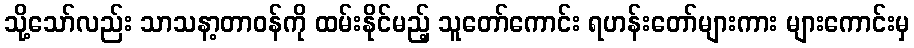
သို့သော်လည်း သာသနာ့တာဝန်ကို ထမ်းနိုင်မည့် သူတော်ကောင်း ရဟန်းတော်များကား များကောင်းမှ